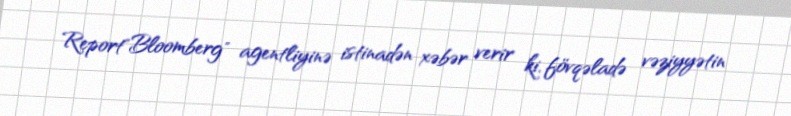
Report"Bloomberg" agentliyinə istinadən xəbər verir ki, fövqəladə vəziyyətin